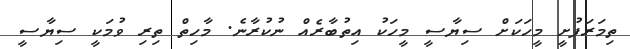
ތިމަރަފުށީ މީހަކަށް ސިޔާސީ މީހަކު އިތުބާރެއް ނުކުރާނެ. މާހިތް ތިރި ވުމަކީ ސިޔާސީ